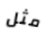
مثل